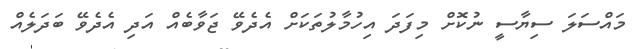
މައްސަލަ ސިޔާސީ ނުކޮށް މިފަދަ އިހުމާލުތަކަށް އެދެވޭ ޖަވާބެއް އަދި އެދެވޭ ބަދަލެއް